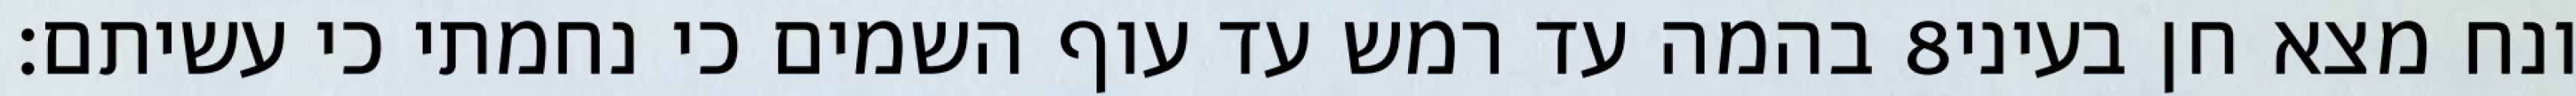
בהמה עד רמש עד עוף השמים כי נחמתי כי עשיתם׃ ‎8‏ ונח מצא חן בעיני